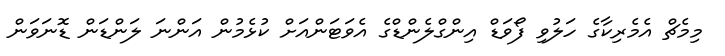
މިމެޗް އެމެރިކާގެ ހަލުވި ފޯވަޑް އިންގްލެންޑްގެ އެވަޓަންއަށް ކުޅެމުން އަންނަ ލަންޑަން ޑޮނަވަން